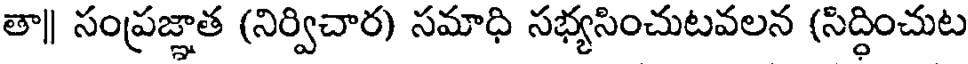
తా|| సంప్రజ్ఞాత (నిర్విచార) సమాధి సభ్యసించుటవలన (సిద్ధించుట